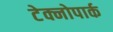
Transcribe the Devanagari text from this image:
टेक्नोपार्क